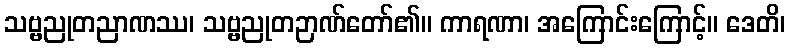
သဗ္ဗညုတညာဏဿ၊ သဗ္ဗညုတဉာဏ်တော်၏။ ကာရဏာ၊ အကြောင်းကြောင့်။ ဒေတိ၊